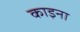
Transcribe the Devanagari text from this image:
काइना